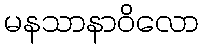
မနသာနာဝိလော